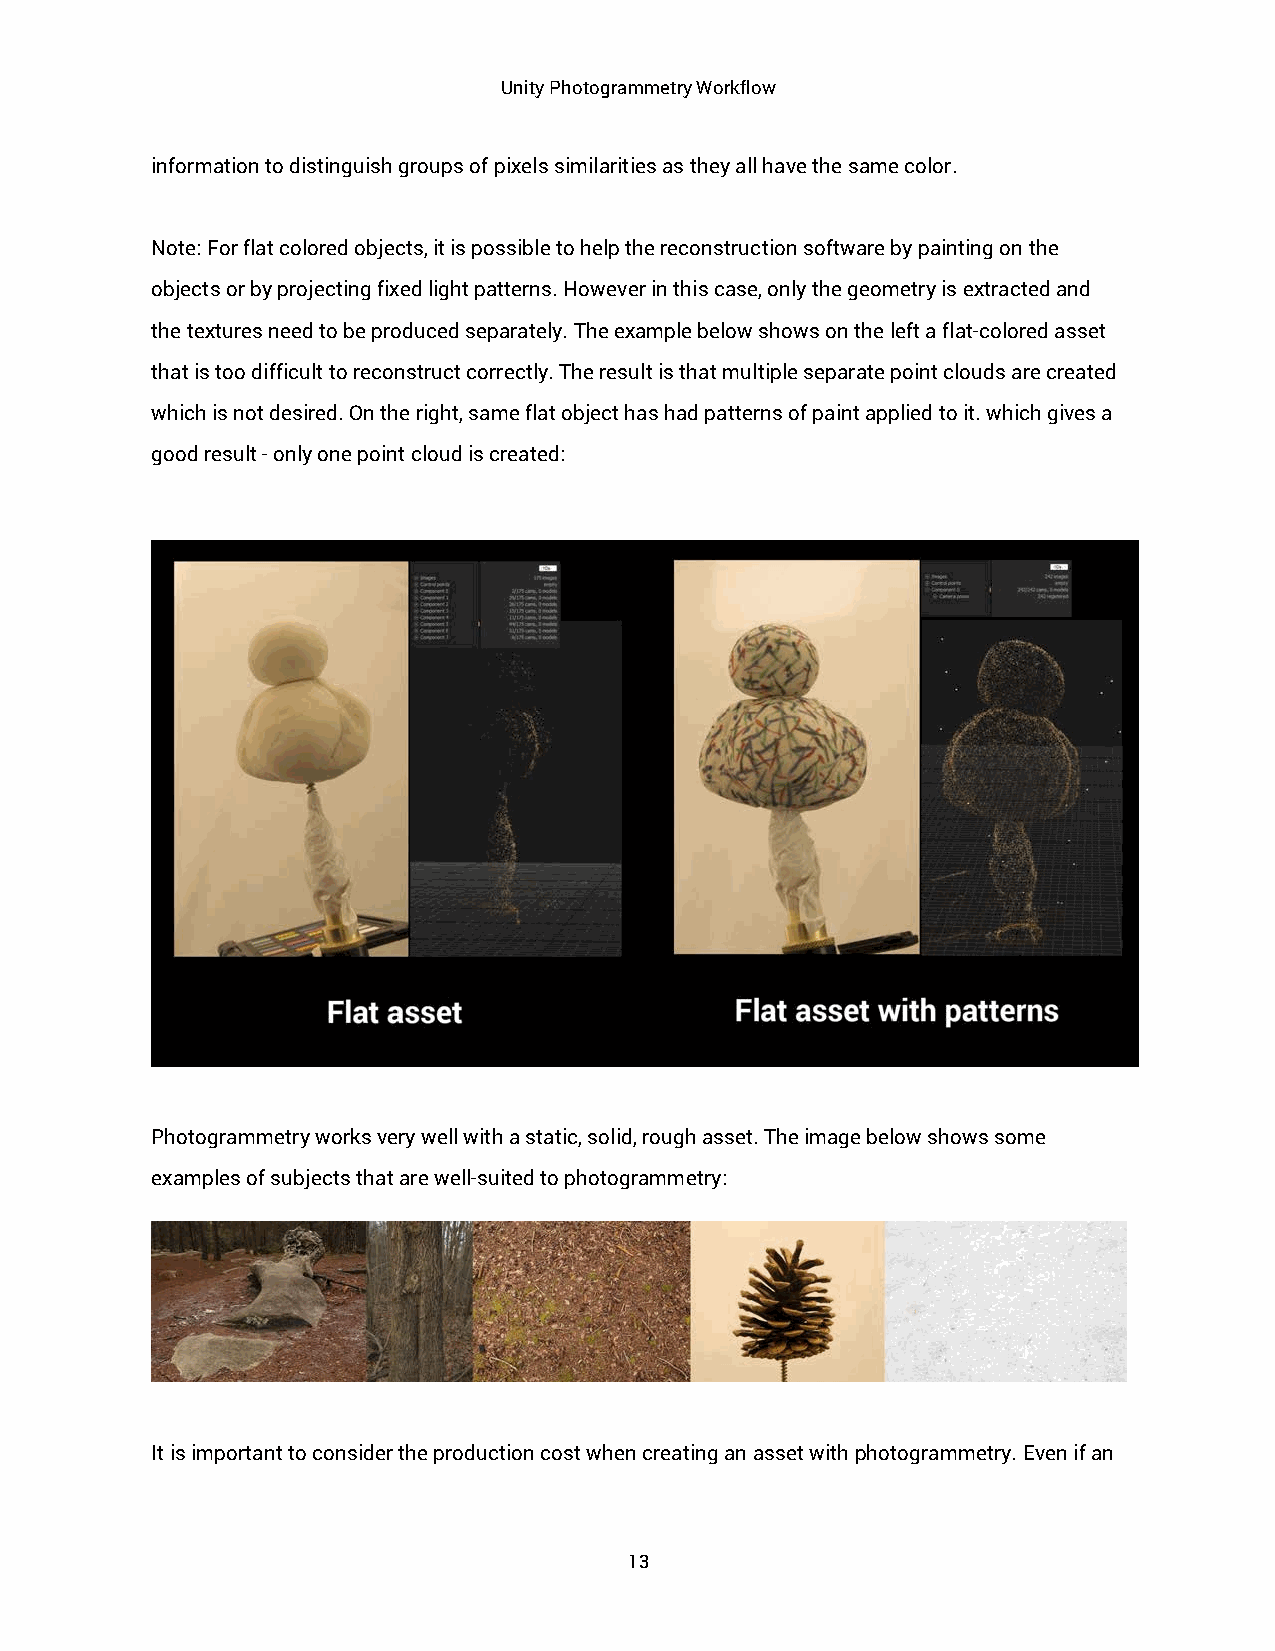
Unity Photogrammetry Workflow
 information to distinguish groups of pixels similarities as they all have the same color.
 Note: For flat colored objects, it is possible to help the reconstruction software by painting on the
 objects or by projecting fixed light patterns. However in this case, only the geometry is extracted and
 the textures need to be produced separately. The example below shows on the left a flat-colored asset
 that is too difficult to reconstruct correctly. The result is that multiple separate point clouds are created
 which is not desired. On the right, same flat object has had patterns of paint applied to it. which gives a
 good result - only one point cloud is created:
 Photogrammetry works very well with a static, solid, rough asset. The image below shows some
 examples of subjects that are well-suited to photogrammetry:
 It is important to consider the production cost when creating an asset with photogrammetry. Even if an
 13